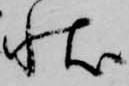
状